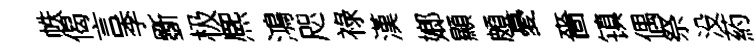
帙偈言季斵极熈鴻咫祿漢嫏顯頗憂嗇镇偶祭没葯